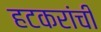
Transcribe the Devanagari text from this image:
हटकरांची